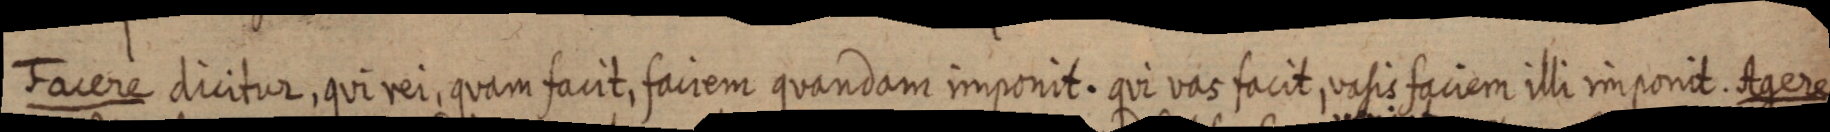
Facere dicitur, qui rei, quam facit, faciem quandam imponit. qui vas facit, vasis faciem illi imponit. Agere